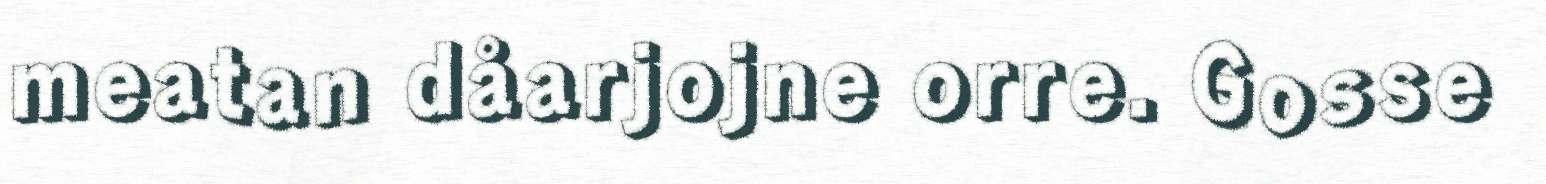
meatan dåarjojne orre. Gosse